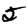
Digit: 5